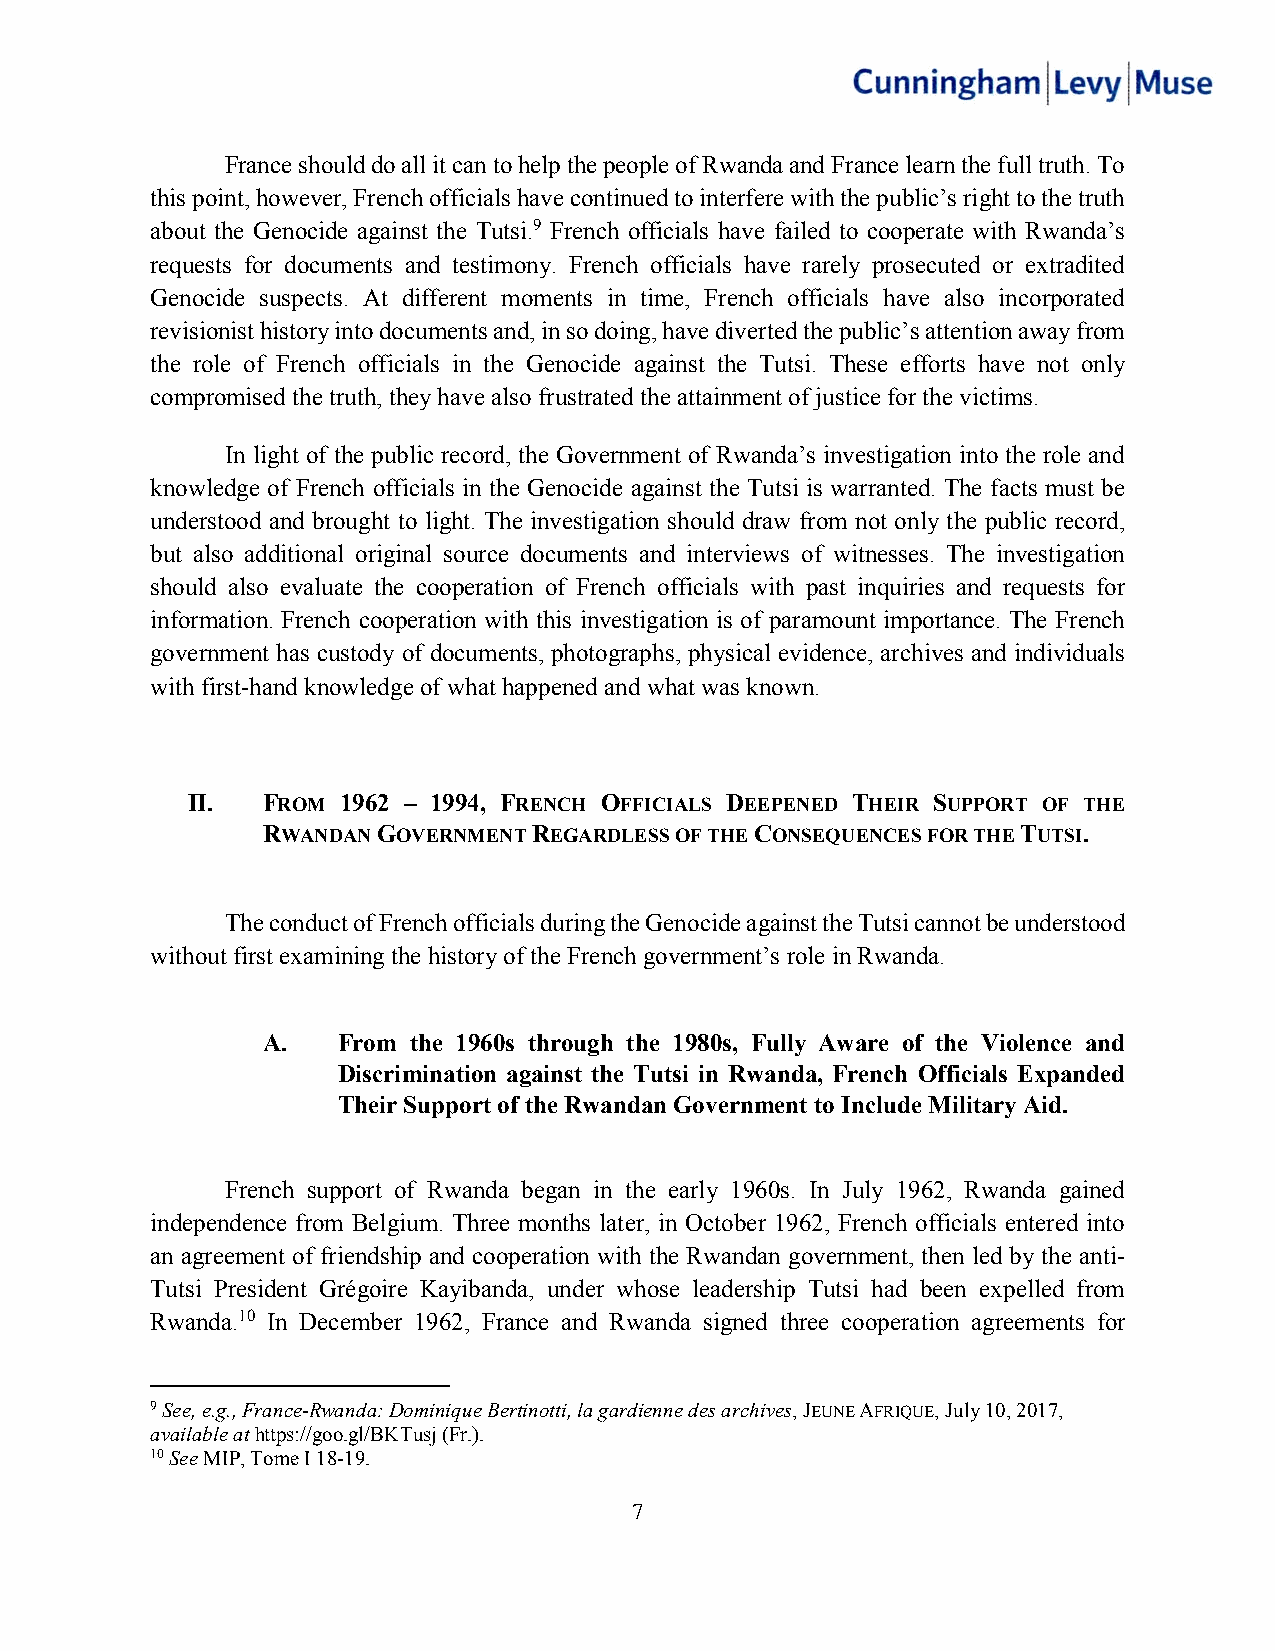
France should do all it can to help the people of Rwanda and France learn the full truth. To
 this point, however, French officials have continued to interfere with the public’s right to the truth
 about the Genocide against the Tutsi.9 French officials have failed to cooperate with Rwanda’s
 requests for documents and testimony. French officials have rarely prosecuted or extradited
 Genocide suspects. At different moments in time, French officials have also incorporated
 revisionist history into documents and, in so doing, have diverted the public’s attention away from
 the role of French officials in the Genocide against the Tutsi. These efforts have not only
 compromised the truth, they have also frustrated the attainment of justice for the victims.
 In light of the public record, the Government of Rwanda’s investigation into the role and
 knowledge of French officials in the Genocide against the Tutsi is warranted. The facts must be
 understood and brought to light. The investigation should draw from not only the public record,
 but also additional original source documents and interviews of witnesses. The investigation
 should also evaluate the cooperation of French officials with past inquiries and requests for
 information. French cooperation with this investigation is of paramount importance. The French
 government has custody of documents, photographs, physical evidence, archives and individuals
 with first-hand knowledge of what happened and what was known.
 II.  FROM 1962 – 1994, FRENCH OFFICIALS DEEPENED THEIR SUPPORT OF THE
 RWANDAN GOVERNMENT REGARDLESS OF THE CONSEQUENCES FOR THE TUTSI.
 The conduct of French officials during the Genocide against the Tutsi cannot be understood
 without first examining the history of the French government’s role in Rwanda.
 A.   From the 1960s through the 1980s, Fully Aware of the Violence and
 Discrimination against the Tutsi in Rwanda, French Officials Expanded
 Their Support of the Rwandan Government to Include Military Aid.
 French support of Rwanda began in the early 1960s. In July 1962, Rwanda gained
 independence from Belgium. Three months later, in October 1962, French officials entered into
 an agreement of friendship and cooperation with the Rwandan government, then led by the anti-
 Tutsi President Grégoire Kayibanda, under whose leadership Tutsi had been expelled from
 Rwanda.10 In December 1962, France and Rwanda signed three cooperation agreements for
 9 See, e.g., France-Rwanda: Dominique Bertinotti, la gardienne des archives, JEUNE AFRIQUE, July 10, 2017,
 available at https://goo.gl/BKTusj (Fr.).
 10 See MIP, Tome I 18-19.
 7